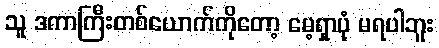
သူ ဒကာကြီးတစ်ယောက်ကိုတော့ မေ့ရှာပုံ မရပါဘူး